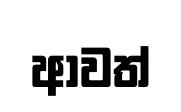
ආවත්